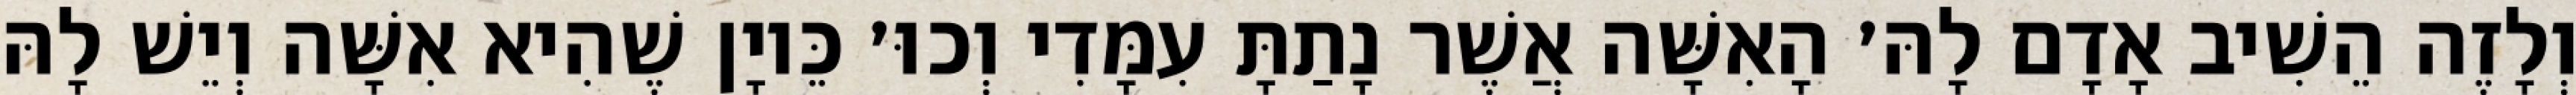
וְלָזֶה הֵשִׁיב אָדָם לָהּ׳ הָאִשָּׁה אֲשֶׁר נָתַתָּ עִמָּדִי וְכוּ׳ כֵּיוָן שֶׁהִיא אִשָּׁה וְיֵשׁ לָהּ